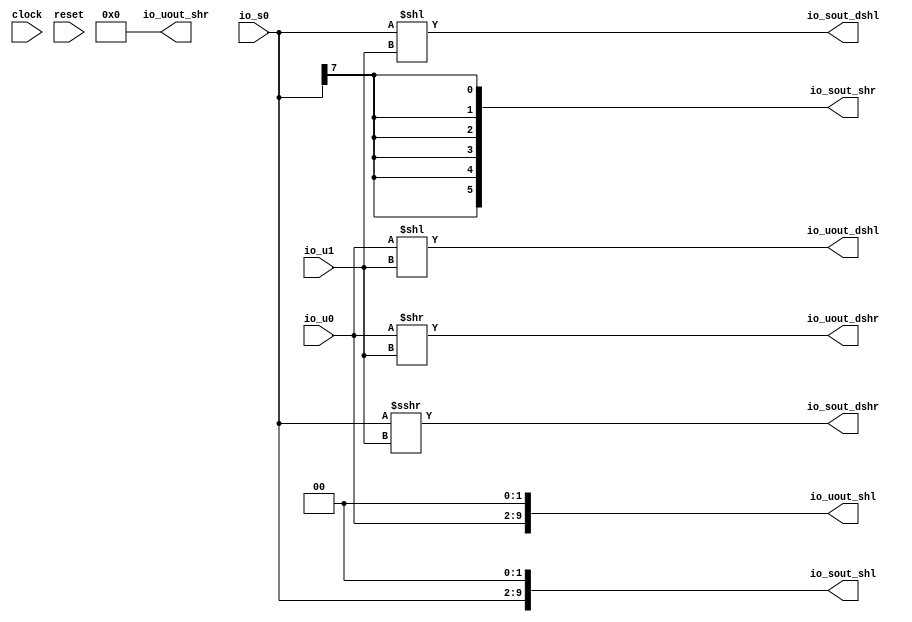
module OpShift(
  input         clock,
  input         reset,
  input  [7:0]  io_u0,
  input  [2:0]  io_u1,
  input  [7:0]  io_s0,
  output [9:0]  io_uout_shl,
  output [5:0]  io_uout_shr,
  output [9:0]  io_sout_shl,
  output [5:0]  io_sout_shr,
  output [14:0] io_uout_dshl,
  output [7:0]  io_uout_dshr,
  output [14:0] io_sout_dshl,
  output [7:0]  io_sout_dshr
);
  wire  _T_30 = io_s0[7]; // @[OpShift.scala 24:24]
  wire [14:0] _GEN_1 = {{7'd0}, io_u0}; // @[OpShift.scala 26:25]
  wire [14:0] _GEN_2 = {{7{io_s0[7]}},io_s0}; // @[OpShift.scala 28:25]
  assign io_uout_shl = {io_u0, 2'h0}; // @[OpShift.scala 21:24]
  assign io_uout_shr = 6'h0; // @[OpShift.scala 22:24]
  assign io_sout_shl = {$signed(io_s0), 2'h0}; // @[OpShift.scala 23:24]
  assign io_sout_shr = {6{_T_30}}; // @[OpShift.scala 24:24]
  assign io_uout_dshl = _GEN_1 << io_u1; // @[OpShift.scala 26:25]
  assign io_uout_dshr = io_u0 >> io_u1; // @[OpShift.scala 27:25]
  assign io_sout_dshl = $signed(_GEN_2) << io_u1; // @[OpShift.scala 28:25]
  assign io_sout_dshr = $signed(io_s0) >>> io_u1; // @[OpShift.scala 29:25]
endmodule